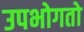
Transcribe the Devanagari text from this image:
उपभोगतो